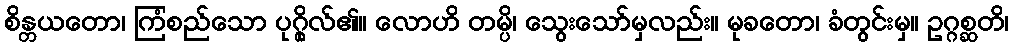
စိန္တယတော၊ ကြံစည်သော ပုဂ္ဂိုလ်၏။ လောဟိ တမ္ပိ၊ သွေးသော်မှလည်း။ မုခတော၊ ခံတွင်းမှ။ ဥဂ္ဂစ္ဆတိ၊